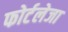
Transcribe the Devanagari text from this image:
फोर्टलेजा